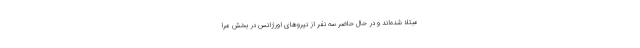
مبتلا شده‌اند‌ و در حال حاضر سه نفر از نیروهای اورژانس در بخش مرا